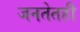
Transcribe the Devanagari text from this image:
जनतेतही